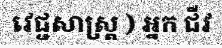
វេជ្ជសាស្ត្រ ) អ្នក ជីវ